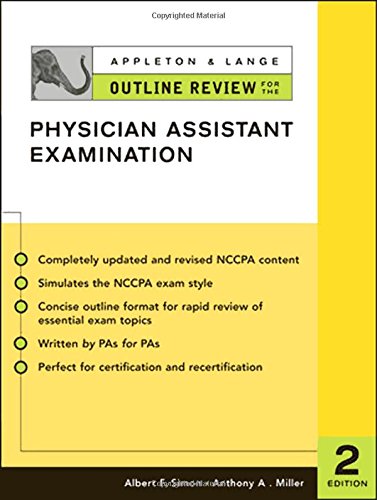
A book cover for Appleton & Lange Outline Review for the Physician Assistant Examination; Albert Simon; Medical Books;